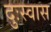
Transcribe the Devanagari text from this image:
दुःस्वास